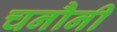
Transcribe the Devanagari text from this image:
चनौनी